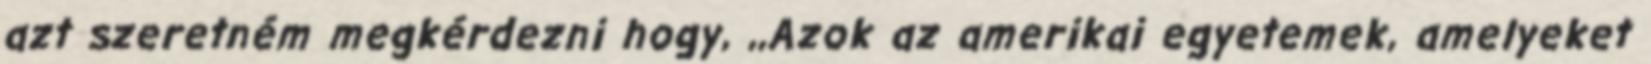
azt szeretném megkérdezni hogy, ,,Azok az amerikai egyetemek, amelyeket